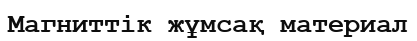
Магниттік жұмсақ материал